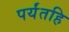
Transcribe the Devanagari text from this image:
पर्यंतहि